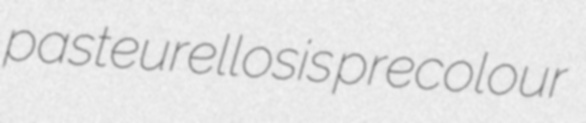
pasteurellosis precolour